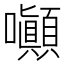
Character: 𡅥